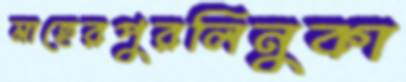
মাহেরপুরলিনুকা